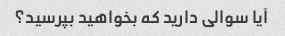
آیا سوالی دارید که بخواهید بپرسید؟